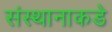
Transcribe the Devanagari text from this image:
संस्थानाकडे